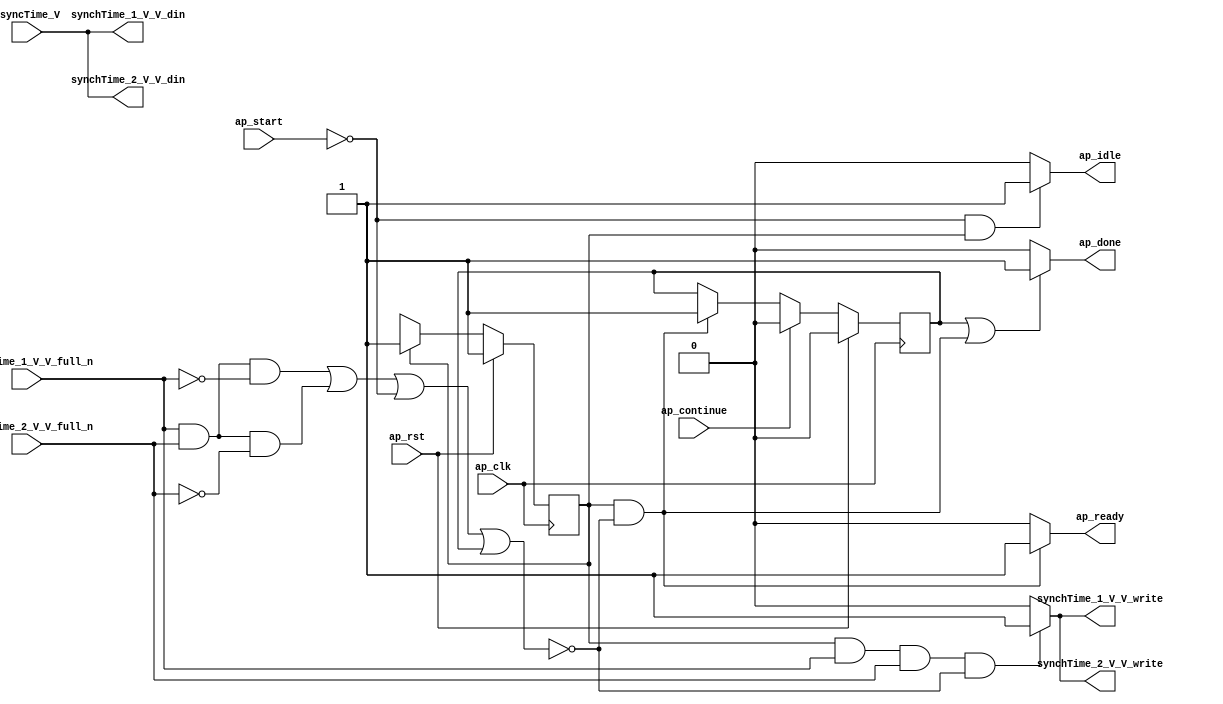
// This program was cloned from: https://github.com/mustafabbas/ECE1373_2016_hft_on_fpga
// License: MIT License

// ==============================================================
// RTL generated by Vivado(TM) HLS - High-Level Synthesis from C, C++ and SystemC
// Version: 2016.3
// Copyright (C) 1986-2016 Xilinx, Inc. All Rights Reserved.
// 
// ===========================================================

`timescale 1 ns / 1 ps 

module Block_proc (
        ap_clk,
        ap_rst,
        ap_start,
        ap_done,
        ap_continue,
        ap_idle,
        ap_ready,
        synchTime_1_V_V_din,
        synchTime_1_V_V_full_n,
        synchTime_1_V_V_write,
        synchTime_2_V_V_din,
        synchTime_2_V_V_full_n,
        synchTime_2_V_V_write,
        asyncTime_V
);

parameter    ap_ST_fsm_state1 = 1'b1;
parameter    ap_const_lv32_0 = 32'b00000000000000000000000000000000;

input   ap_clk;
input   ap_rst;
input   ap_start;
output   ap_done;
input   ap_continue;
output   ap_idle;
output   ap_ready;
output  [63:0] synchTime_1_V_V_din;
input   synchTime_1_V_V_full_n;
output   synchTime_1_V_V_write;
output  [63:0] synchTime_2_V_V_din;
input   synchTime_2_V_V_full_n;
output   synchTime_2_V_V_write;
input  [63:0] asyncTime_V;

reg ap_done;
reg ap_idle;
reg ap_ready;
reg synchTime_1_V_V_write;
reg synchTime_2_V_V_write;

reg    ap_done_reg;
(* fsm_encoding = "none" *) reg   [0:0] ap_CS_fsm;
wire   [0:0] ap_CS_fsm_state1;
reg    synchTime_1_V_V_blk_n;
wire   [0:0] tmp_nbwritereq_fu_66_p3;
wire   [0:0] tmp_1_nbwritereq_fu_74_p3;
reg    synchTime_2_V_V_blk_n;
reg    ap_condition_55;
reg   [0:0] ap_NS_fsm;

// power-on initialization
initial begin
#0 ap_done_reg = 1'b0;
#0 ap_CS_fsm = 1'b1;
end

always @ (posedge ap_clk) begin
    if (ap_rst == 1'b1) begin
        ap_CS_fsm <= ap_ST_fsm_state1;
    end else begin
        ap_CS_fsm <= ap_NS_fsm;
    end
end

always @ (posedge ap_clk) begin
    if (ap_rst == 1'b1) begin
        ap_done_reg <= 1'b0;
    end else begin
        if ((1'b1 == ap_continue)) begin
            ap_done_reg <= 1'b0;
        end else if (((ap_CS_fsm_state1 == 1'b1) & ~(ap_condition_55 == 1'b1))) begin
            ap_done_reg <= 1'b1;
        end
    end
end

always @ (*) begin
    if (((1'b1 == ap_done_reg) | ((ap_CS_fsm_state1 == 1'b1) & ~(ap_condition_55 == 1'b1)))) begin
        ap_done = 1'b1;
    end else begin
        ap_done = 1'b0;
    end
end

always @ (*) begin
    if (((1'b0 == ap_start) & (ap_CS_fsm_state1 == 1'b1))) begin
        ap_idle = 1'b1;
    end else begin
        ap_idle = 1'b0;
    end
end

always @ (*) begin
    if (((ap_CS_fsm_state1 == 1'b1) & ~(ap_condition_55 == 1'b1))) begin
        ap_ready = 1'b1;
    end else begin
        ap_ready = 1'b0;
    end
end

always @ (*) begin
    if (((ap_CS_fsm_state1 == 1'b1) & ~(tmp_nbwritereq_fu_66_p3 == 1'b0) & ~(1'b0 == tmp_1_nbwritereq_fu_74_p3))) begin
        synchTime_1_V_V_blk_n = synchTime_1_V_V_full_n;
    end else begin
        synchTime_1_V_V_blk_n = 1'b1;
    end
end

always @ (*) begin
    if (((ap_CS_fsm_state1 == 1'b1) & ~(tmp_nbwritereq_fu_66_p3 == 1'b0) & ~(1'b0 == tmp_1_nbwritereq_fu_74_p3) & ~(ap_condition_55 == 1'b1))) begin
        synchTime_1_V_V_write = 1'b1;
    end else begin
        synchTime_1_V_V_write = 1'b0;
    end
end

always @ (*) begin
    if (((ap_CS_fsm_state1 == 1'b1) & ~(tmp_nbwritereq_fu_66_p3 == 1'b0) & ~(1'b0 == tmp_1_nbwritereq_fu_74_p3))) begin
        synchTime_2_V_V_blk_n = synchTime_2_V_V_full_n;
    end else begin
        synchTime_2_V_V_blk_n = 1'b1;
    end
end

always @ (*) begin
    if (((ap_CS_fsm_state1 == 1'b1) & ~(tmp_nbwritereq_fu_66_p3 == 1'b0) & ~(1'b0 == tmp_1_nbwritereq_fu_74_p3) & ~(ap_condition_55 == 1'b1))) begin
        synchTime_2_V_V_write = 1'b1;
    end else begin
        synchTime_2_V_V_write = 1'b0;
    end
end

always @ (*) begin
    case (ap_CS_fsm)
        ap_ST_fsm_state1 : begin
            ap_NS_fsm = ap_ST_fsm_state1;
        end
        default : begin
            ap_NS_fsm = 'bx;
        end
    endcase
end

assign ap_CS_fsm_state1 = ap_CS_fsm[ap_const_lv32_0];

always @ (*) begin
    ap_condition_55 = ((~(tmp_nbwritereq_fu_66_p3 == 1'b0) & ~(1'b0 == tmp_1_nbwritereq_fu_74_p3) & (synchTime_1_V_V_full_n == 1'b0)) | (~(tmp_nbwritereq_fu_66_p3 == 1'b0) & ~(1'b0 == tmp_1_nbwritereq_fu_74_p3) & (synchTime_2_V_V_full_n == 1'b0)) | (ap_start == 1'b0) | (ap_done_reg == 1'b1));
end

assign synchTime_1_V_V_din = asyncTime_V;

assign synchTime_2_V_V_din = asyncTime_V;

assign tmp_1_nbwritereq_fu_74_p3 = synchTime_2_V_V_full_n;

assign tmp_nbwritereq_fu_66_p3 = synchTime_1_V_V_full_n;

endmodule //Block_proc